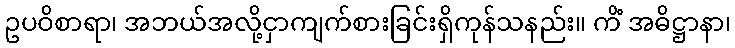
ဥပဝိစာရာ၊ အဘယ်အလို့ငှာကျက်စားခြင်းရှိကုန်သနည်း။ ကိံ အဓိဋ္ဌာနာ၊